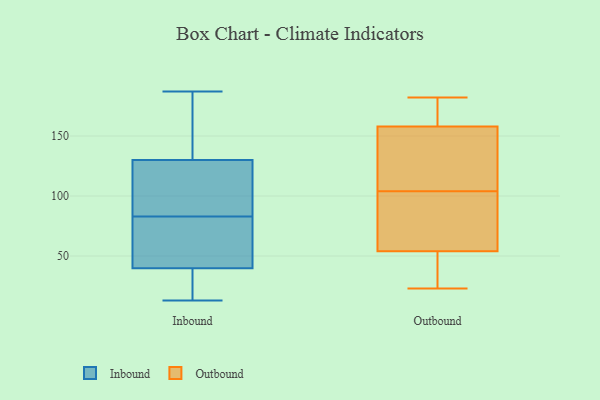
{"axis": {"x": "Active Users", "y": "Value"}, "legend": ["Inbound", "Outbound"], "data": [{"x": "", "y": 62, "type": "Inbound"}, {"x": "", "y": 187, "type": "Inbound"}, {"x": "", "y": 83, "type": "Inbound"}, {"x": "", "y": 71, "type": "Inbound"}, {"x": "", "y": 50, "type": "Inbound"}, {"x": "", "y": 28, "type": "Inbound"}, {"x": "", "y": 123, "type": "Inbound"}, {"x": "", "y": 95, "type": "Inbound"}, {"x": "", "y": 148, "type": "Inbound"}, {"x": "", "y": 94, "type": "Inbound"}, {"x": "", "y": 42, "type": "Inbound"}, {"x": "", "y": 13, "type": "Inbound"}, {"x": "", "y": 145, "type": "Inbound"}, {"x": "", "y": 125, "type": "Inbound"}, {"x": "", "y": 30, "type": "Inbound"}, {"x": "", "y": 175, "type": "Inbound"}, {"x": "", "y": 33, "type": "Inbound"}, {"x": "", "y": 54, "type": "Outbound"}, {"x": "", "y": 113, "type": "Outbound"}, {"x": "", "y": 95, "type": "Outbound"}, {"x": "", "y": 28, "type": "Outbound"}, {"x": "", "y": 174, "type": "Outbound"}, {"x": "", "y": 158, "type": "Outbound"}, {"x": "", "y": 23, "type": "Outbound"}, {"x": "", "y": 182, "type": "Outbound"}, {"x": "", "y": 141, "type": "Outbound"}, {"x": "", "y": 93, "type": "Outbound"}]}